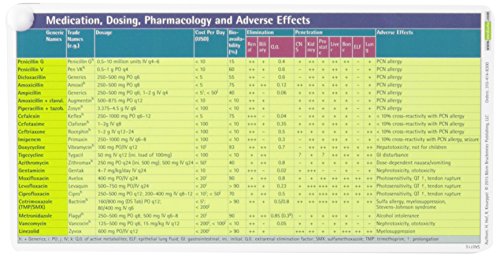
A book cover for Antibiotics Pocketcard Set 2016; H. Hof; Medical Books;